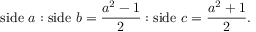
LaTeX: { \mathrm { s i d e ~ } } a : { \mathrm { s i d e ~ } } b = { \frac { a ^ { 2 } - 1 } { 2 } } : { \mathrm { s i d e ~ } } c = { \frac { a ^ { 2 } + 1 } { 2 } } .